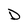
Character: D